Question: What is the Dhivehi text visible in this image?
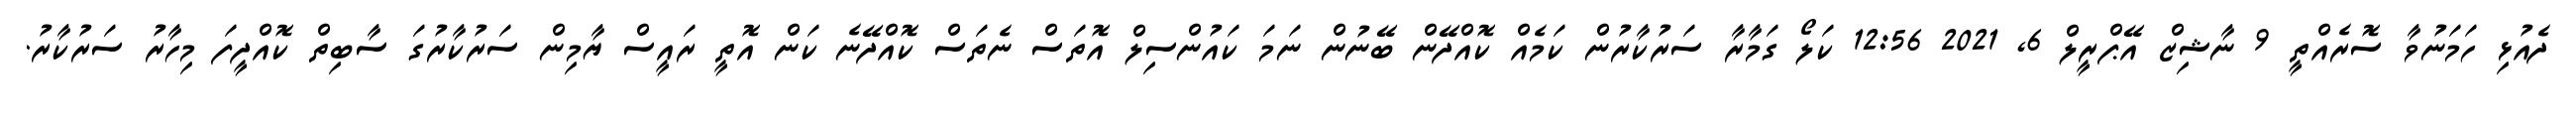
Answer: ދެއުޅި ހަމަނުވާ ސޮރެއްތީ 9 ނާޝިޒް އޭޕްރީލް 6, 2021 12:56 ކަލޯ ގަމާރާ ސަރުކާރުން ކަމެއް ކޮއްދޭން ބޭނުން ނަމަ ކައުންސިލް އޮތަސް ނެތަސް ކޮއްދޭނެ ކަން އޮތީ ރައީސް ޔާމިން ސަރުކާރުގަ ސާބިތް ކޮއްދީފަ މިހާރު ސަރުކާރު.